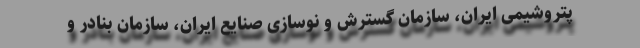
پتروشیمی ایران، سازمان گسترش و نوسازی صنایع ایران، سازمان بنادر و